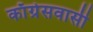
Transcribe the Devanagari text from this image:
काँग्रेसवासी